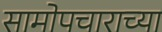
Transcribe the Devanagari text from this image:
सामोपचाराच्या